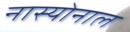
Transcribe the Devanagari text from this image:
नास्योनाल